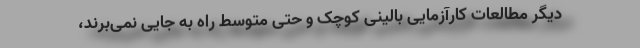
دیگر مطالعات کارآزمایی بالینی کوچک و حتی متوسط راه به جایی نمی‌‌برند،